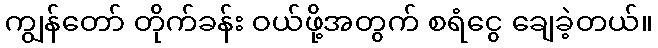
ကျွန်တော် တိုက်ခန်း ဝယ်ဖို့အတွက် စရံငွေ ချေခဲ့တယ်။